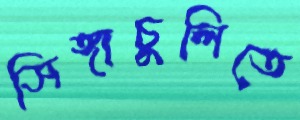
সিঙ্গাচুলিতে